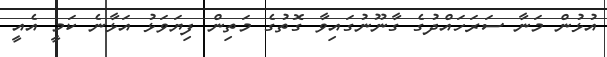
އުޅުން މަނާ ސަރަހައްދުގެ ގާނޫނުގައިވާ ގޮތުގެ މަތިން ފިޔަވަޅު އަޅާނެ ކަމީ އެއީ